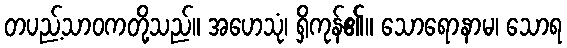
တပည့်သာဝကတို့သည်။ အဟေသုံ၊ ရှိကုန်၏။ သောရောနာမ၊ သောရ